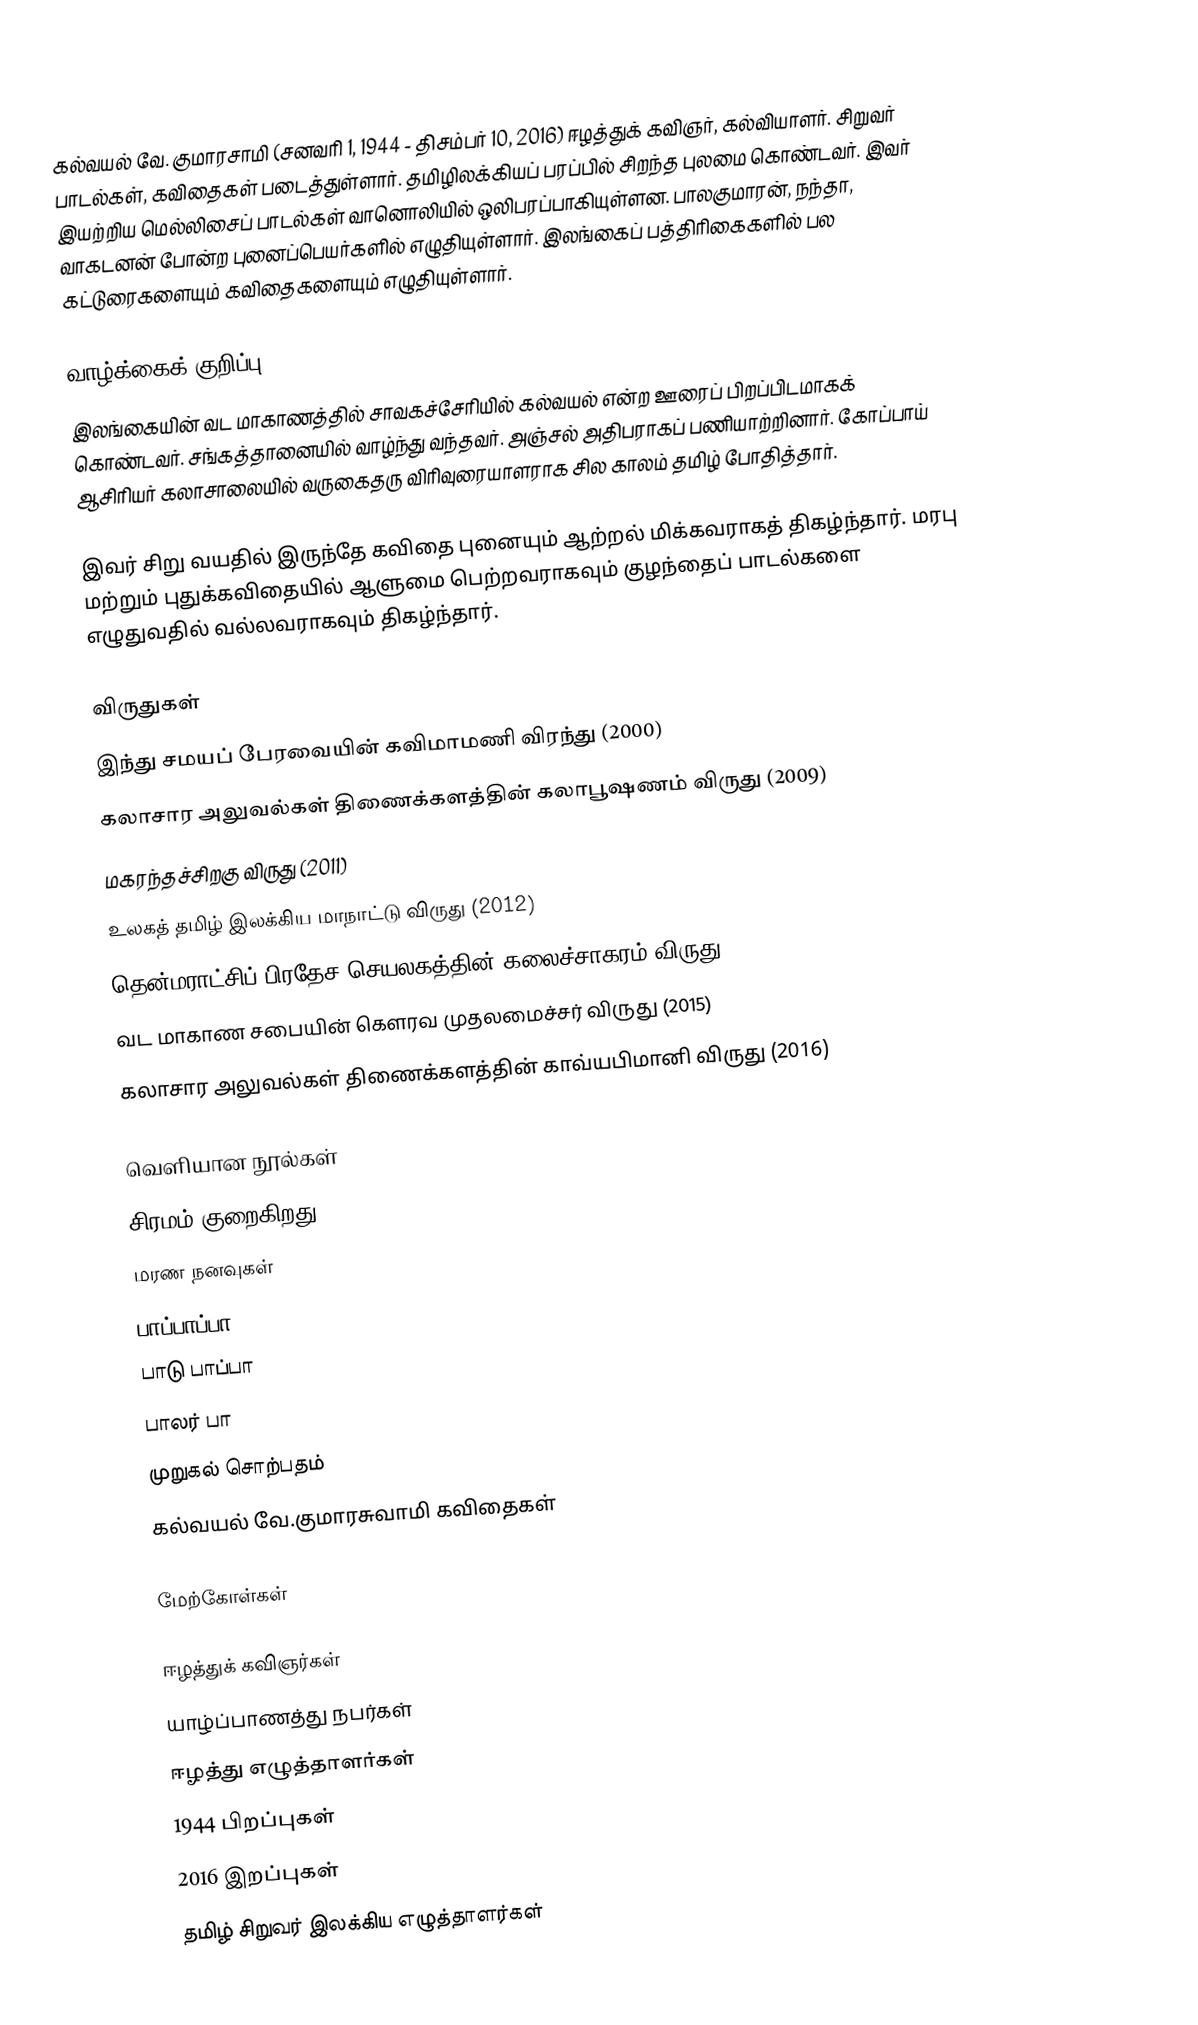
கல்வயல் வே. குமாரசாமி (சனவரி 1, 1944 - திசம்பர் 10, 2016) ஈழத்துக் கவிஞர், கல்வியாளர். சிறுவர் பாடல்கள், கவிதைகள் படைத்துள்ளார். தமிழிலக்கியப் பரப்பில் சிறந்த புலமை கொண்டவர். இவர் இயற்றிய மெல்லிசைப் பாடல்கள் வானொலியில் ஒலிபரப்பாகியுள்ளன. பாலகுமாரன், நந்தா, வாகடனன் போன்ற புனைப்பெயர்களில் எழுதியுள்ளார். இலங்கைப் பத்திரிகைகளில் பல கட்டுரைகளையும் கவிதைகளையும் எழுதியுள்ளார்.

வாழ்க்கைக் குறிப்பு
இலங்கையின் வட மாகாணத்தில் சாவகச்சேரியில் கல்வயல் என்ற ஊரைப் பிறப்பிடமாகக் கொண்டவர். சங்கத்தானையில் வாழ்ந்து வந்தவர். அஞ்சல் அதிபராகப் பணியாற்றினார். கோப்பாய் ஆசிரியர் கலாசாலையில் வருகைதரு விரிவுரையாளராக சில காலம் தமிழ் போதித்தார்.

இவர் சிறு வயதில் இருந்தே கவிதை புனையும் ஆற்றல் மிக்கவராகத் திகழ்ந்தார். மரபு மற்றும் புதுக்கவிதையில் ஆளுமை பெற்றவராகவும் குழந்தைப் பாடல்களை எழுதுவதில் வல்லவராகவும் திகழ்ந்தார்.

விருதுகள்
இந்து சமயப் பேரவையின் கவிமாமணி விரந்து (2000)
கலாசார அலுவல்கள் திணைக்களத்தின் கலாபூஷணம் விருது (2009)
மகரந்தச்சிறகு விருது (2011)
உலகத் தமிழ் இலக்கிய மாநாட்டு விருது (2012)
தென்மராட்சிப் பிரதேச செயலகத்தின் கலைச்சாகரம் விருது (2014)
வட மாகாண சபையின் கௌரவ முதலமைச்சர் விருது (2015)
கலாசார அலுவல்கள் திணைக்களத்தின் காவ்யபிமானி விருது (2016)

வெளியான நூல்கள்
சிரமம் குறைகிறது
மரண நனவுகள்
பாப்பாப்பா
பாடு பாப்பா
பாலர் பா
முறுகல் சொற்பதம்
கல்வயல் வே.குமாரசுவாமி கவிதைகள்

மேற்கோள்கள்

ஈழத்துக் கவிஞர்கள்
யாழ்ப்பாணத்து நபர்கள்
ஈழத்து எழுத்தாளர்கள்
1944 பிறப்புகள்
2016 இறப்புகள்
தமிழ் சிறுவர் இலக்கிய எழுத்தாளர்கள்